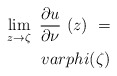
\begin{align*} \lim\limits_{z\to\zeta}\ \frac{\partial u}{\partial \nu}\ (z)\ =\\varphi(\zeta)\end{align*}